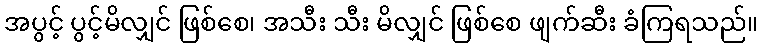
အပွင့် ပွင့်မိလျှင် ဖြစ်စေ၊ အသီး သီး မိလျှင် ဖြစ်စေ ဖျက်ဆီး ခံကြရသည်။